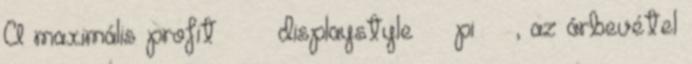
A maximális profit π displaystyle pi , az árbevétel